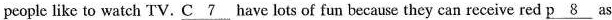
people like to watch TV.\underline{C7} have lots of fun because they can receive red \underline{p8} as